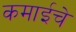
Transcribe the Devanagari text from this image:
कमाईचे